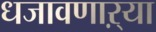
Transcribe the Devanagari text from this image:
धजावणाऱ्या